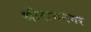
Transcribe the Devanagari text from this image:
श्रीरामनगर